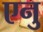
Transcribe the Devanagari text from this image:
एनु